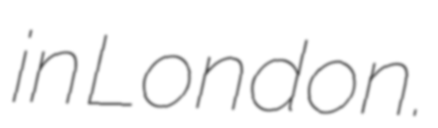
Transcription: in London.